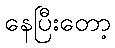
နေပြီးတော့